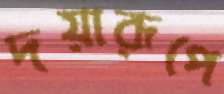
দয়ারূপে